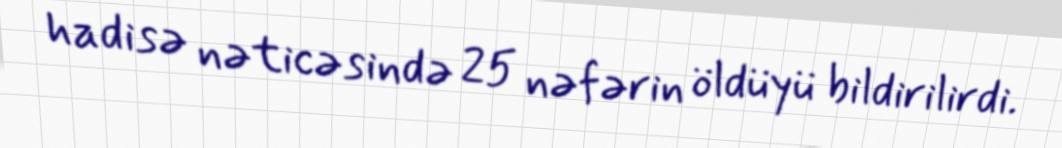
hadisə nəticəsində 25 nəfərin öldüyü bildirilirdi.